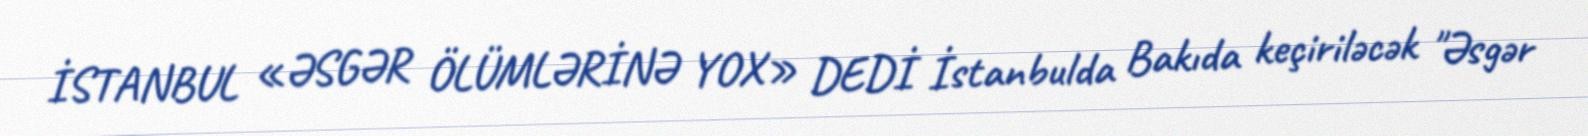
İSTANBUL «ƏSGƏR ÖLÜMLƏRİNƏ YOX» DEDİ İstanbulda Bakıda keçiriləcək "Əsgər